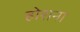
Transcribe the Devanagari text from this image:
होशना